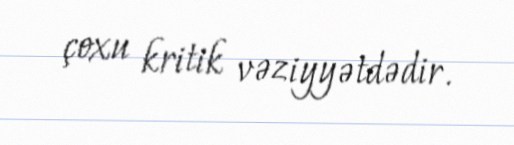
çoxu kritik vəziyyətdədir.